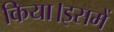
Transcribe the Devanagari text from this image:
किया।इसमें